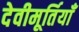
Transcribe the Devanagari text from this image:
देवीमूर्तियाँ